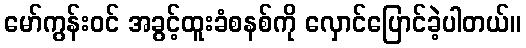
မော်ကွန်းဝင် အခွင့်ထူးခံစနစ်ကို လှောင်ပြောင်ခဲ့ပါတယ်။